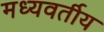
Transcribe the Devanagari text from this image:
मध्यवर्तीय